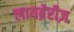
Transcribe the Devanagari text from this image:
लायब्रेरीज़